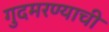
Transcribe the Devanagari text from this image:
गुदमरण्याची